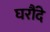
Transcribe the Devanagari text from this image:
घरौंदे